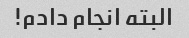
البته انجام دادم!